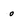
Character: o